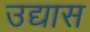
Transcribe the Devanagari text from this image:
उद्यास